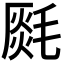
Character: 𣯅